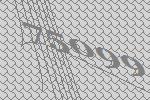
75099